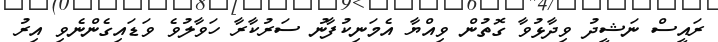
ރައީސް ނަޝީދު ވިދާޅުވާ ގޮތުން ވިއްޔާ އެމަނިކުފާނު ސަރުކާރާ ހަވާލުވެ ވަޑައިގެންނެވި އިރު